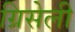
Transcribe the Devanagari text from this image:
ग्रिसेली